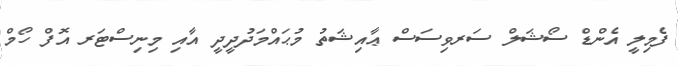
ފެމިލީ އެންޑް ސޯޝަލް ސަރވިސަސް ޢާއިޝަތު މުޙައްމަދުދީދީ އާއި މިނިސްޓަރ އޮފް ހޯމް